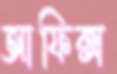
আফিক্স